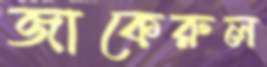
জাকেরুল